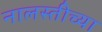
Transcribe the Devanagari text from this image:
नालस्तीच्या